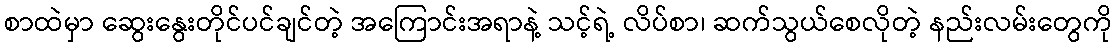
စာထဲမှာ ဆွေးနွေးတိုင်ပင်ချင်တဲ့ အကြောင်းအရာနဲ့ သင့်ရဲ့ လိပ်စာ၊ ဆက်သွယ်စေလိုတဲ့ နည်းလမ်းတွေကို